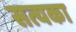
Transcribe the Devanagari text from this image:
सत्यका